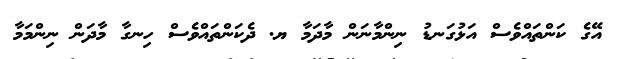
އޭގެ ކަންތައްވެސް އަޅުގަނޑު ނިންމާނަން މާދަމާ ޔ. ދެކަންތައްވެސް ހިނގާ މާދަން ނިންމަމާ